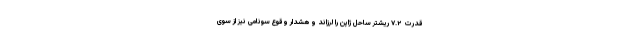
قدرت ۷.۲ ریشتر ساحل ژاپن را لرزاند و هشدار وقوع سونامی نیز از سوی